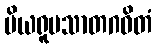
ပိယရူပသာတဂဓိတံ